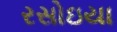
રસોઇયા